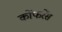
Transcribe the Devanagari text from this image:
कोंफरेंस